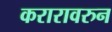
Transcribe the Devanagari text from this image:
करारावरुन